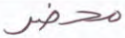
محضر